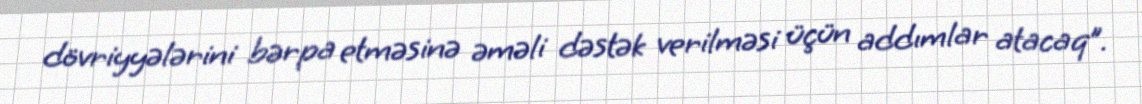
dövriyyələrini bərpa etməsinə əməli dəstək verilməsi üçün addımlar atacaq”.